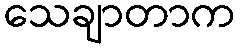
သေချာတာက